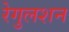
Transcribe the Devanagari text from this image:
रेगुलशन